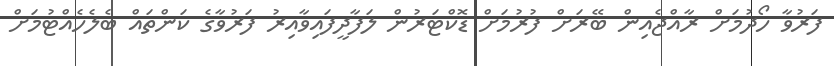
ފަރުވާ ހޯދުމަށް ރާއްޖެއިން ބޭރަށް ފުރުމަށް ޑޮކްޓަރުން ލަފާދީފައިވާއިރު ފަރުވާގެ ކަންތައް ބެލެހެއްޓުމަށް